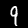
Label: 9